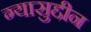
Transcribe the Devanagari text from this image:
ग्यासुद्दीन